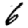
Digit: 6